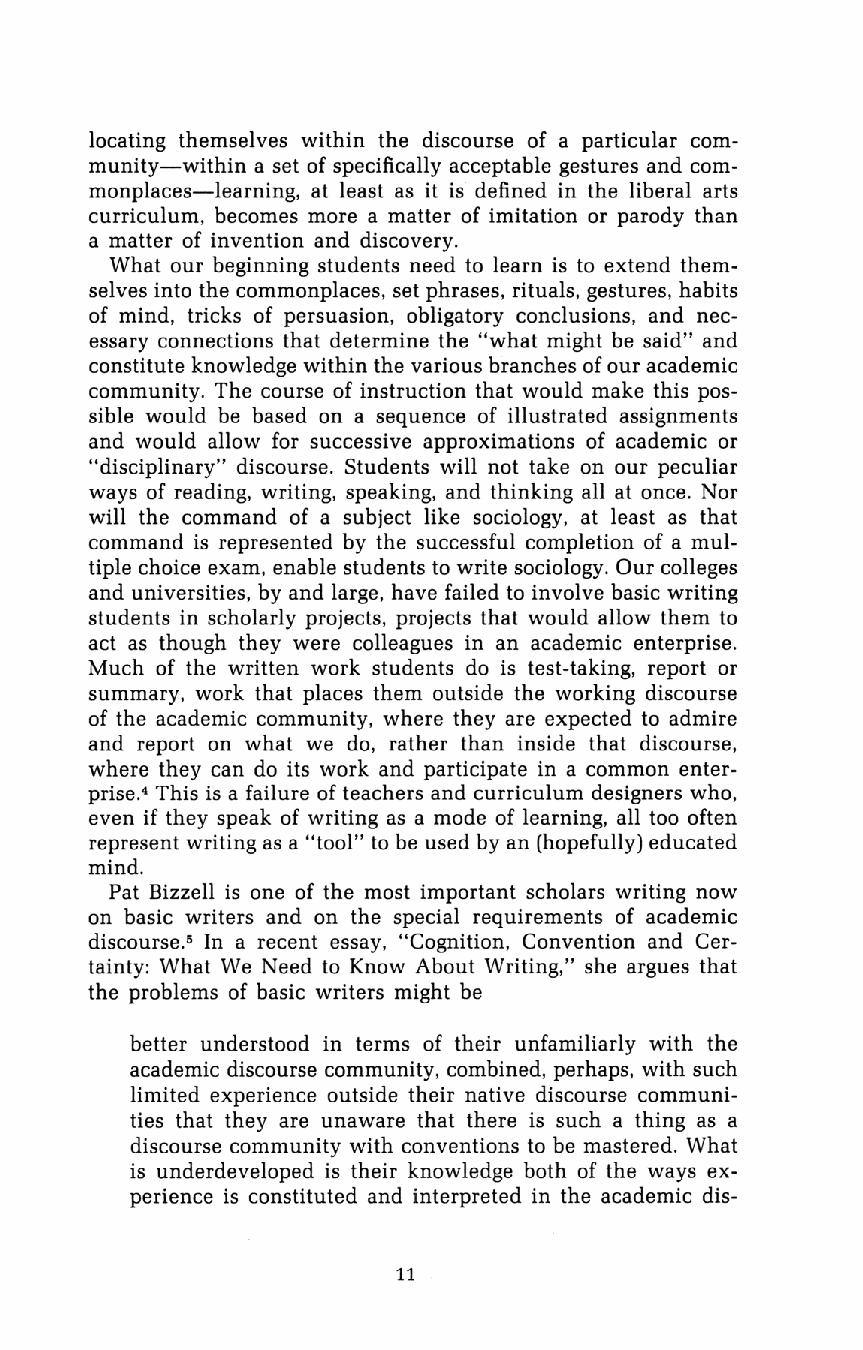
locating themselves within the discourse of a particular com
 munity-within a set of specifically acceptable gestures and com
 monplaces-learning, at least as it is defined in the liberal arts
 curriculum, becomes more a matter of imitation or parody than
 a matter of invention and discovery.
 What our beginning students need to learn is to extend them
 selves into the commonplaces, set phrases, rituals, gestures, habits
 of mind, tricks of persuasion, obligatory conclusions, and nec
 essary connections that determine the "what might be said" and
 constitute knowledge within the various branches of our academic
 community. The course of instruction that would make this pos
 sible would be based on a sequence of illustrated assignments
 and would allow for successive approximations of academic or
 "disciplinary" discourse. Students will not take on our peculiar
 ways of reading, writing, speaking, and thinking all at once. Nor
 will the command of a subject like sociology, at least as that
 command is represented by the successful completion of a mul
 tiple choice exam, enable students to write sociology. Our colleges
 and universities, by and large, have failed to involve basic writing
 students in scholarly projects, projects that would allow them to
 act as though they were colleagues in an academic enterprise.
 Much of the written work students do is test-taking, report or
 summary, work that places them outside the working discourse
 of the academic community, where they are expected to admire
 and report on what we do, rather than inside that discourse,
 where they can do its work and participate in a common enter
 prise.4 This is a failure of teachers and curriculum designers who,
 even if they speak of writing as a mode of learning, all too often
 represent writing as a "tool" to be used by an (hopefully) educated
 mind.
 Pat Bizzell is one of the most important scholars writing now
 on basic writers and on the special requirements of academic
 discourse.5 In a recent essay, "Cognition, Convention and Cer
 tainty: What We Need to Know About Writing," she argues that
 the problems of basic writers might be
 better understood in terms of their unfamiliarly with the
 academic discourse community, combined, perhaps, with such
 limited experience outside their native discourse communi
 ties that they are unaware that there is such a thing as a
 discourse community with conventions to be mastered. What
 is underdeveloped is their knowledge both of the ways ex
 perience is constituted and interpreted in the academic dis-
 11